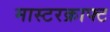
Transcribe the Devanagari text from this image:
मास्टरक्राफ्ट